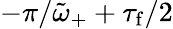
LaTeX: -\pi/\tilde{\omega}_{+}+\tau_{\mathrm{f}}/2